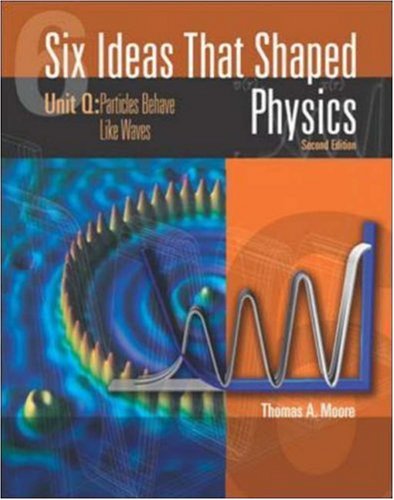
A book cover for Six Ideas That Shaped Physics: Unit Q - Particles Behaves Like Waves; Thomas Moore; Science & Math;